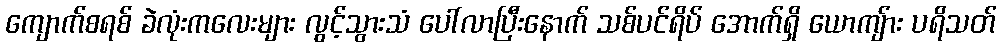
ကျောက်စရစ် ခဲလုံးကလေးများ လွင့်သွားသံ ပေါ်လာပြီးနောက် သစ်ပင်ရိပ် အောက်ရှိ ယောကျ်ား ပရိသတ်